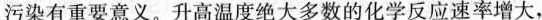
污染有重要意义。升高温度绝大多数的化学反应速率增大，